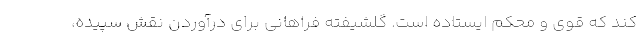
کند که قوی و محکم ایستاده است. گلشیفته فراهانی برای درآوردن نقش سپیده،